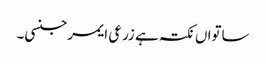
ساتواں نکتہ ہے زرعی ایمرجنسی۔